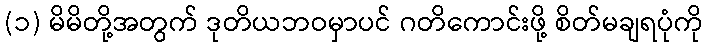
(၁) မိမိတို့အတွက် ဒုတိယဘဝမှာပင် ဂတိကောင်းဖို့ စိတ်မချရပုံကို